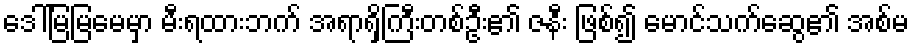
ဒေါ်မြမြမေမှာ မီးရထားဘက် အရာရှိကြီးတစ်ဦး၏ ဇနီး ဖြစ်၍ မောင်သက်ဆွေ၏ အစ်မ